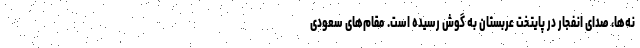
نه‌ها، صدای انفجار در پایتخت عربستان به گوش رسیده است. مقام‌های سعودی